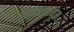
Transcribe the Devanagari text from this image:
हाइसकानेन